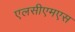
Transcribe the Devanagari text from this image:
एलसीएमएस